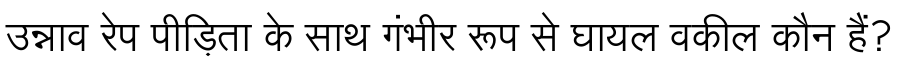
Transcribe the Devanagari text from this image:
उन्नाव रेप पीड़िता के साथ गंभीर रूप से घायल वकील कौन हैं?